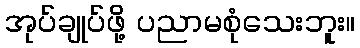
အုပ်ချုပ်ဖို့ ပညာမစုံသေးဘူး။